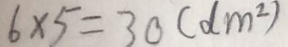
6 \times 5 = 3 0 ( d m ^ { 2 } )